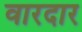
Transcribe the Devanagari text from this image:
वारदार